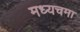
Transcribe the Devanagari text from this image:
मध्यचमा